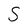
Character: S